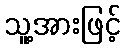
သူ့အားဖြင့်